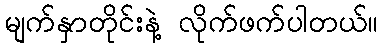
မျက်နှာတိုင်းနဲ့ လိုက်ဖက်ပါတယ်။